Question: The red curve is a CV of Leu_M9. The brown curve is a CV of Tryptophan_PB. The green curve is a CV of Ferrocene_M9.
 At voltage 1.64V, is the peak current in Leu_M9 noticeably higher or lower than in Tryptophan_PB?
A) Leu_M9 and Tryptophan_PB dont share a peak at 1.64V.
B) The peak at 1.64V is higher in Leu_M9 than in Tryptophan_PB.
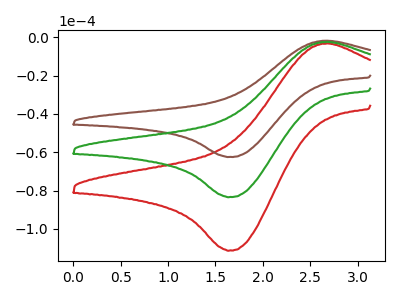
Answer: <think>The red curve "Leu_M9" has an anodic peak at (2.70V, -4.80uA) and a cathodic peak at (1.65V, -167.05uA). The brown curve "Tryptophan_PB" has an anodic peak at (2.70V, -1.80uA) and a cathodic peak at (1.65V, -62.60uA). The green curve "Ferrocene_M9" has an anodic peak at (2.70V, -2.40uA) and a cathodic peak at (1.65V, -83.50uA).</think>
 <answer>B) The peak at 1.64V is higher in "Leu_M9" than in "Tryptophan_PB".</answer>
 <eval>B</eval>